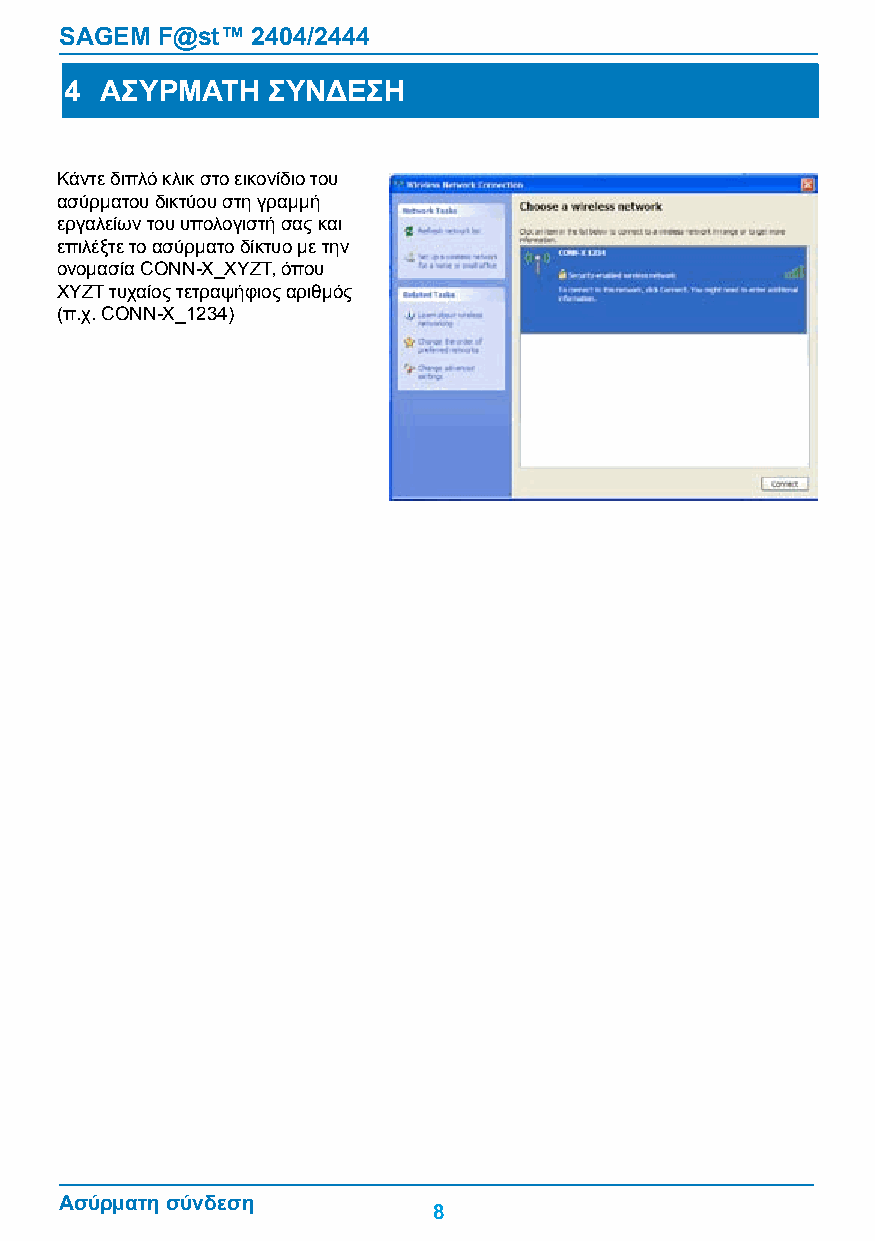
SAGEM F@st™  2404/2444
 4  ΑΣΥΡΜΑΤΗ   ΣΥΝΔΕΣΗ
 Κάντε διπλό κλικ στο εικονίδιο του
 ασύρματου δικτύου στη γραμμή
 εργαλείων του υπολογιστή σας και
 επιλέξτε το ασύρματο δίκτυο με την
 ονομασία Conn-X_XYZt, όπου
 ΧΥΖτ τυχαίος τετραψήφιος αριθμός
 (π.χ. Conn-X_1234)
 Ασύρματη σύνδεση
 8